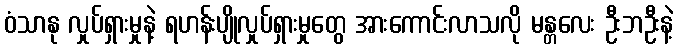
ဝံသာနု လှုပ်ရှားမှုနဲ့ ရဟန်းပျိုလှုပ်ရှားမှုတွေ အားကောင်းလာသလို မန္တလေး ဦးဘဦးနဲ့